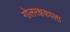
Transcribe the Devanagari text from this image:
गोलरक्षकाला